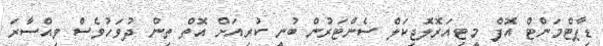
ޑިޕާޓްމަންޓް އޮފް މީޓިއަރޮލޮޖިކަލް ސެންޓަރުން ބުނީ ކުރިއަށް އޮތް ތިން ދުވަހުވެސް ވިއްސާރަ